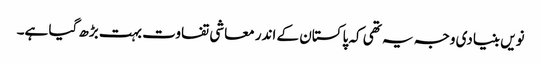
نویں بنیادی وجہ یہ تھی کہ پاکستان کے اندر معاشی تفاوت بہت بڑھ گیا ہے۔